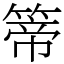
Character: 𥰆